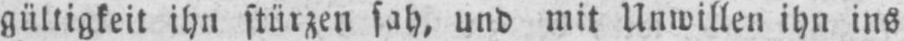
gültigkeit ihn stürzen sah, und mit Unwillen ihn ins